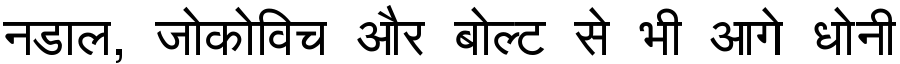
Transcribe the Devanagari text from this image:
नडाल, जोकोविच और बोल्ट से भी आगे धोनी